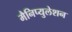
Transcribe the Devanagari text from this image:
मैनिप्युलेशन